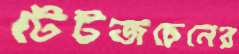
টেটজচেনের